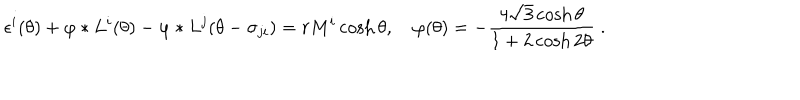
LaTeX: \epsilon ^ { i } ( \theta ) + \varphi * L ^ { i } ( \theta ) - \varphi * L ^ { j } ( \theta - \sigma _ { j i } ) = r M ^ { i } \cosh \theta , \quad \varphi ( \theta ) = - \frac { 4 \sqrt { 3 } \cosh \theta } { 1 + 2 \cosh 2 \theta } \; .